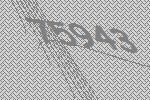
75943